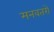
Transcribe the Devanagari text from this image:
मनवतरों